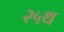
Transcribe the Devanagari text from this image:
२५थ